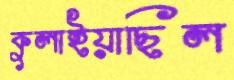
কুলাইয়াছিল